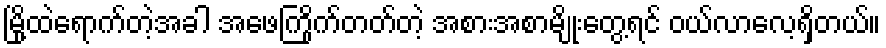
မြို့ထဲရောက်တဲ့အခါ အဖေကြိုက်တတ်တဲ့ အစားအစာမျိုးတွေ့ရင် ဝယ်လာလေ့ရှိတယ်။